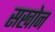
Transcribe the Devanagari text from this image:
सखोन